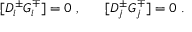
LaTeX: [ D _ { i } ^ { \pm } G _ { i } ^ { \mp } ] = 0 ~ , ~ ~ ~ ~ ~ [ D _ { j } ^ { \pm } G _ { j } ^ { \mp } ] = 0 ~ .